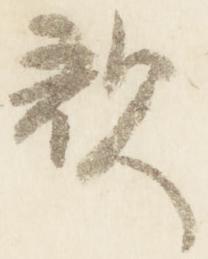
歌